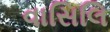
વાસિલિ